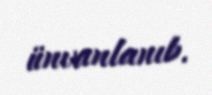
ünvanlanıb.